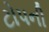
ટોપની